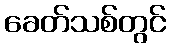
ခေတ်သစ်တွင်